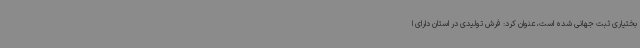
بختیاری ثبت جهانی شده است، عنوان کرد: فرش تولیدی در استان دارای ا